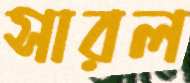
সারল